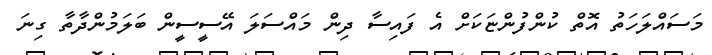
މަސައްލަހަތު އޮތް ކުންފުންޏަކަށް އެ ފައިސާ ދިން މައްސަލަ އޭސީސީން ބަލަމުންދާތާ ގިނަ